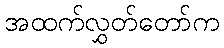
အထက်လွှတ်တော်က